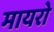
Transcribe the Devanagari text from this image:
मायरो